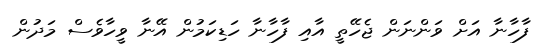
ފާހާނާ އަށް ވަންނަން ޖެހޭތީ އާއި ފާހާނާ ހަޑިކަމުން އޭނާ ވީހާވެސް މަދުން